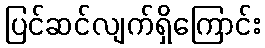
ပြင်ဆင်လျက်ရှိကြောင်း